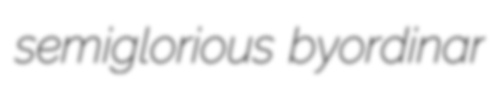
semiglorious byordinar